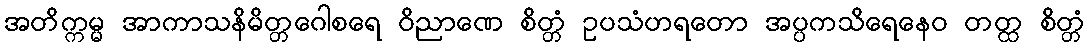
အတိက္ကမ္မ အာကာသနိမိတ္တဂေါစရေ ဝိညာဏေ စိတ္တံ ဥပသံဟရတော အပ္ပကသိရေနေဝ တတ္ထ စိတ္တံ